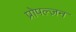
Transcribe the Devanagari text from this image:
प्रोपल्ज़न